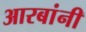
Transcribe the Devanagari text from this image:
आरबांनी